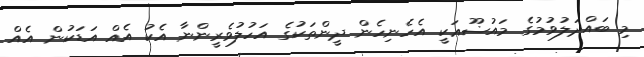
މި ބައްދަލުވުމުގެ މައުޟޫޢަކީ އެހެނިހެން ދީންތަކުގެ އަހުލުވެރީންނާ އެކު އެއް އަޑަކުން އެއް